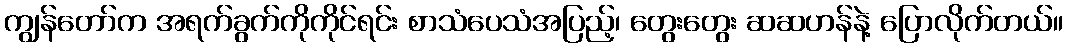
ကျွန်တော်က အရက်ခွက်ကိုကိုင်ရင်း စာသံပေသံအပြည့်၊ တွေးတွေး ဆဆဟန်နဲ့ ပြောလိုက်တယ်။